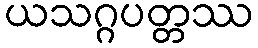
ယသဂ္ဂပတ္တဿ